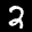
Label: 2